Document type: Inventory
Year: 1295
Scribe: Pere Marc
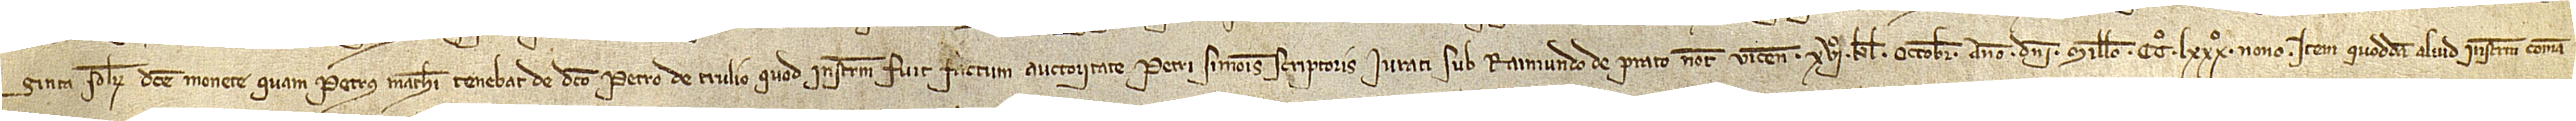
ginta solidorum dicte monete quam Petrus Mathei tenebat de dicto Petro de Trulio, quod instrumentum fuit factum auctoritate Petri Simonis, scriptoris iurati sub Raimundi de Prato, notario Vicensis, XVIº kalendas octobris, anno Domini millesimo CCº LXXXº nono; item, quoddam aliud instrumentum coman-